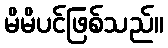
မိမိပင်ဖြစ်သည်။